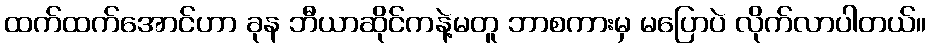
ထက်ထက်အောင်ဟာ ခုန ဘီယာဆိုင်ကနဲ့မတူ ဘာစကားမှ မပြောပဲ လိုက်လာပါတယ်။